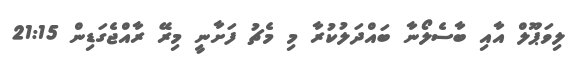
ލިވަޕޫލް އާއި ބާސެލޯނާ ބައްދަލުކުރާ މި މެޗު ފަށާނީ މިރޭ ރާއްޖެގަޑިން 21:15